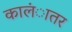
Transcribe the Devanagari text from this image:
कालंातर